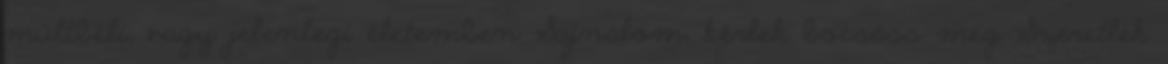
múltbéli, vagy jelenlegi életemben Sajnálom, kérlek bocsáss meg Szeretlek